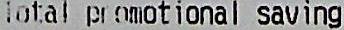
TOTAL PROMOTIONAL SAVING